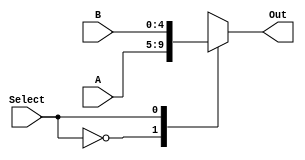
`timescale 1ns / 1ps

module Mux5bit2to1(A, B, Out, Select);
input [4:0] A, B;
input Select;
output reg [4:0] Out;

always@(*) begin 
    case (Select)
    0: Out <= A;
    1: Out <= B;
    endcase
end
endmodule